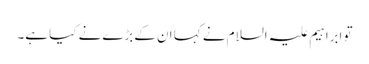
تو ابراہیم علیہ السلام نے کہا ان کےبڑے نے کیا ہے۔